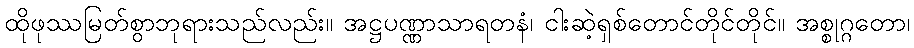
ထိုဖုဿမြတ်စွာဘုရားသည်လည်း။ အဋ္ဌပဏ္ဏာသာရတနံ၊ ငါးဆဲ့ရှစ်တောင်တိုင်တိုင်။ အစ္စုဂ္ဂတော၊